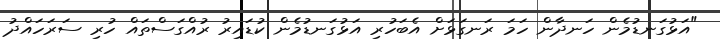
"އަޅުގަނޑުމެން ހަނދާން ހަމަ ރަނގަޅަށް އެބަހުރި އަޅުގަނޑުމެން ކުޑައިރު ރުއްގަސްތައް ހުރި ސަރަހައްދު